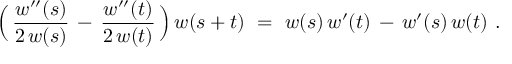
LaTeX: \Bigl ( \, { \frac { w ^ { \prime \prime } ( s ) } { 2 \, w ( s ) } } \, - \, { \frac { w ^ { \prime \prime } ( t ) } { 2 \, w ( t ) } } \, \Bigr ) \, w ( s + t ) ~ = ~ w ( s ) \, w ^ { \prime } ( t ) \, - \, w ^ { \prime } ( s ) \, w ( t ) ~ .